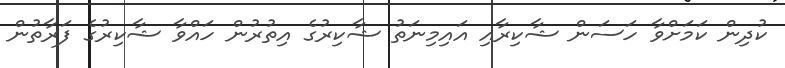
ކުދިން ކަމަށްވާ ހަސަން ޝާކިރާއި އައިމިނަތު ޝާކިރުގެ އިތުރުން ހައްވާ ޝާކިރުގެ ފަރާތުން